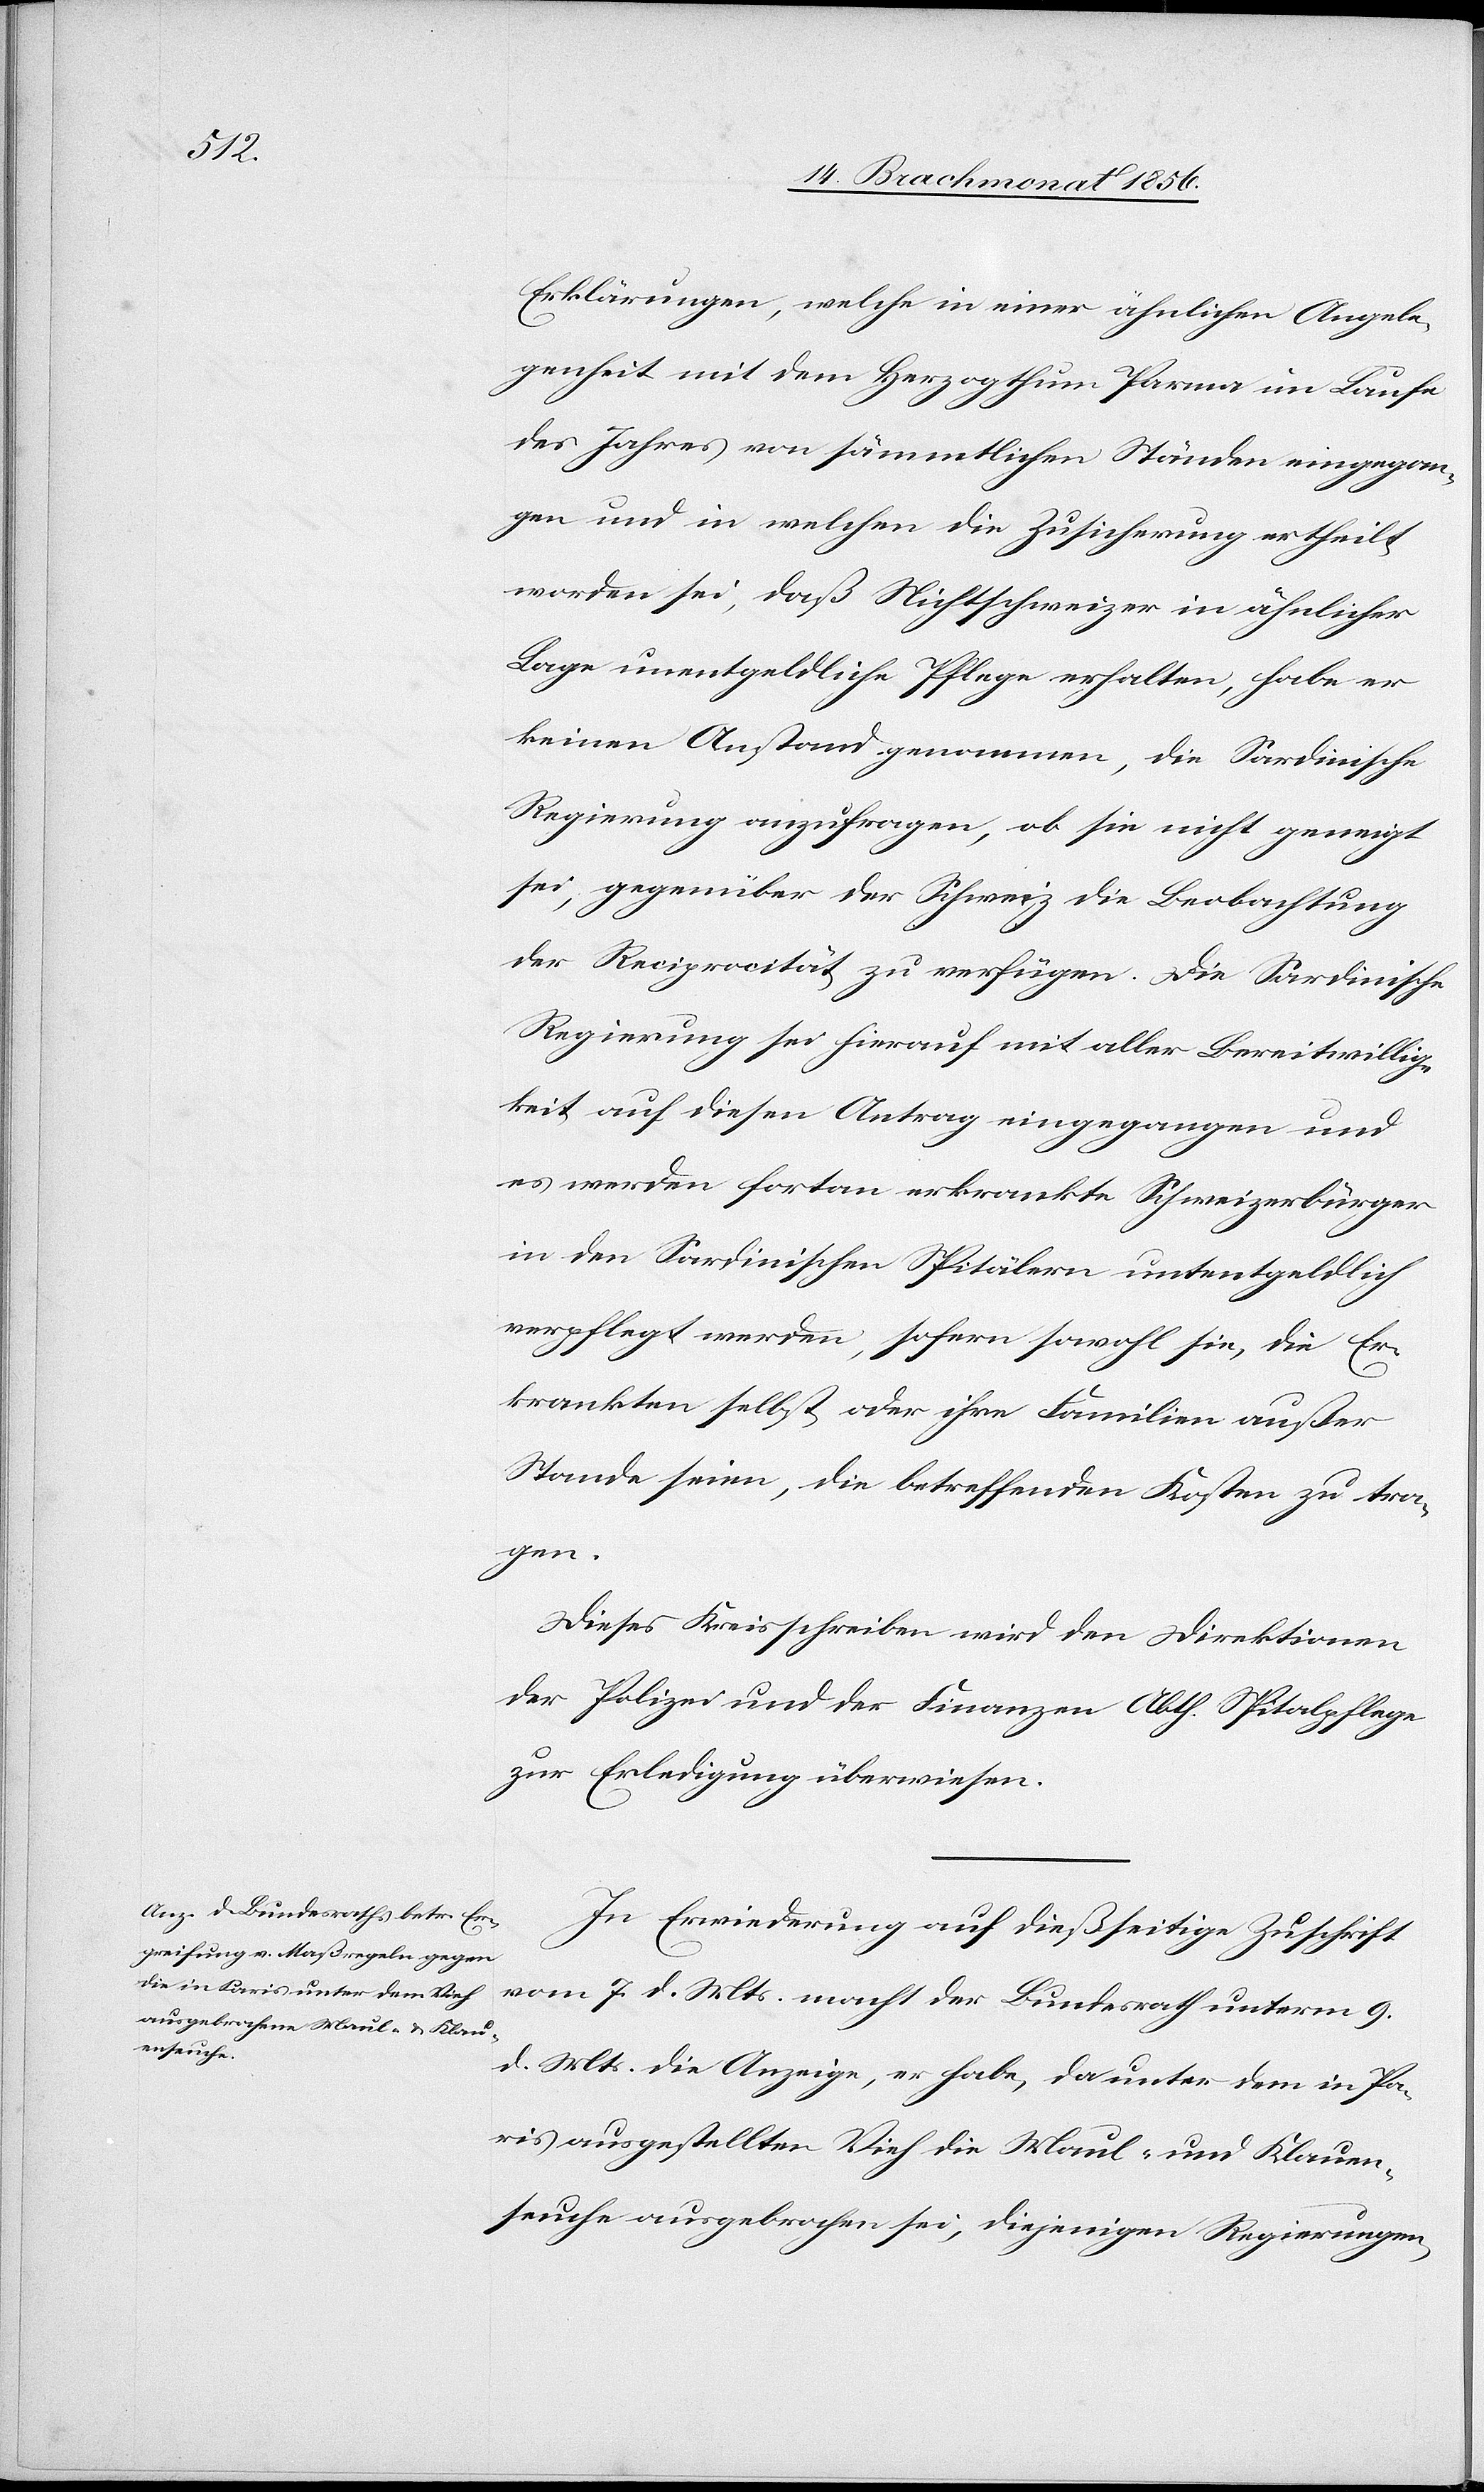
Erklärungen, welche in einer ähnlichen Angele¬
genheit mit dem Herzogthum Parma im Laufe
des Jahres von sämmtlichen Ständen eingegan¬
gen und in welchen die Zusicherung ertheilt
worden sei, daß Nichtschweizer in ähnlicher
Lage unentgeldliche Pflege erhalten, habe er
keinen Anstand genommen, die Sardinische
Regierung anzufragen, ob sie nicht geneigt
sei, gegenüber der Schweiz die Beobachtung
der Reciprocität zu verfügen. Die Sardinische
Regierung sei hierauf mit aller Bereitwillig¬
keit auf diesen Antrag eingegangen und
es werden fortan erkrankte Schweizerbürger
in den Sardinischen Spitälern unentgeldlich
verpflegt werden, sofern sowohl sie, die Er¬
krankten selbst, oder ihre Familien außer
Stande seien, die betreffenden Kosten zu tra¬
gen.
Dieses Kreisschreiben wir den Direktionen
der Polizei und der Finanzen Abth. Spitalpflege
zur Erledigung überwiesen.
In Erwiederung auf dießseitige Zuschrift
vom 7. d. Mts. macht der Bundesrath unterm 9.
d. Mts. die Anzeige, er habe, da unter dem in Pa¬
ris ausgestellten Vieh die Maul- und Klauen¬
seuche ausgebrochen sei, diejenigen Regierungen,